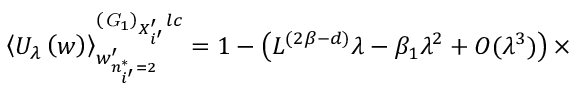
\left\langle U _ { \lambda } \left( w \right) \right\rangle _ { w _ { n _ { i ^ { \prime } } ^ { * } = 2 } ^ { \prime } } ^ { \left( { \it G } _ { 1 } \right) _ { X _ { i ^ { \prime } } ^ { \prime } } l c } = 1 - \left( L ^ { ( 2 \beta - d ) } \lambda - \beta _ { 1 } \lambda ^ { 2 } + O ( \lambda ^ { 3 } ) \right) \times